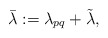
\begin{align*} \bar \lambda:=\lambda_{pq}+\tilde \lambda,\end{align*}